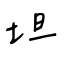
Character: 坦